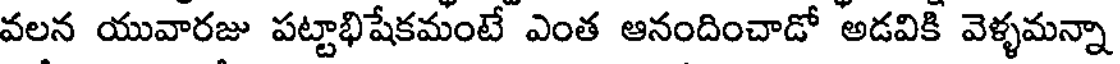
వలన యువారజు పట్టాభిషేకమంటే ఎంత ఆనందించాడో అడవికి వెళ్ళమన్నా